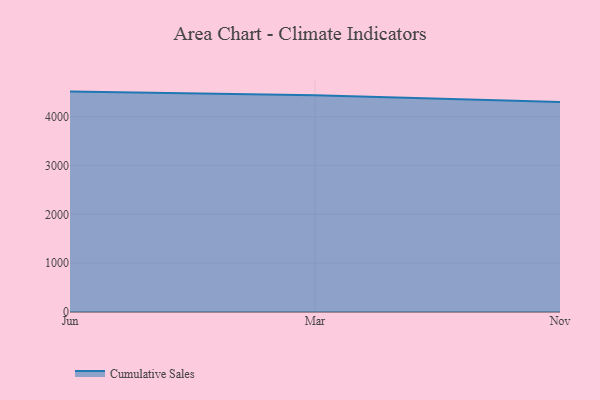
{"axis": {"x": "Month", "y": "Waste Production (Tons)"}, "legend": ["Cumulative Sales"], "data": [{"x": "Jun", "y": 4513.4, "type": "Cumulative Sales"}, {"x": "Mar", "y": 4438.7, "type": "Cumulative Sales"}, {"x": "Nov", "y": 4302.6, "type": "Cumulative Sales"}]}